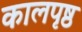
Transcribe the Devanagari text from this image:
कालपृष्ठ